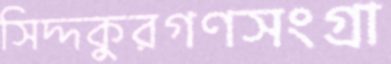
সিদ্দকুরগণসংগ্রা